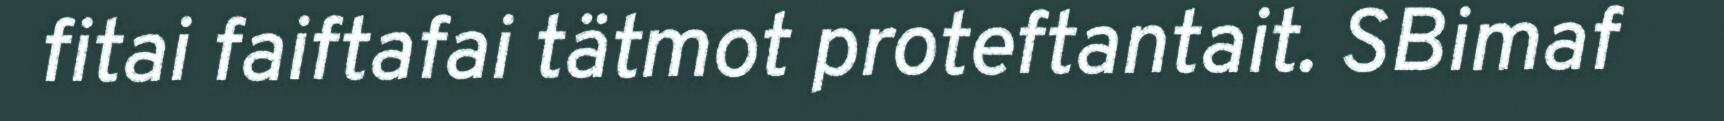
fitai faiftafai tätmot proteftantait. SBimaf